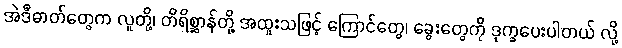
အဲဒီဓာတ်တွေက လူတို့၊ တိရိစ္ဆာန်တို့ အထူးသဖြင့် ကြောင်တွေ၊ ခွေးတွေကို ဒုက္ခပေးပါတယ် လို့